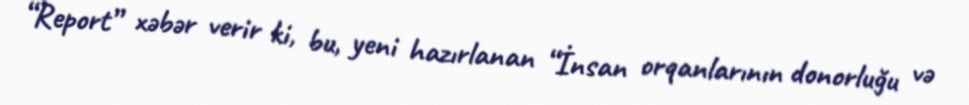
“Report” xəbər verir ki, bu, yeni hazırlanan “İnsan orqanlarının donorluğu və